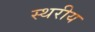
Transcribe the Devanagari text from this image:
स्थरीय